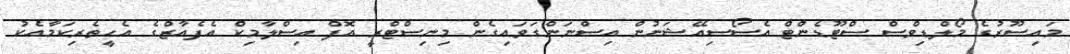
މައިސޫރުގެ މޯލްޑިވްސް ސްޓޫޑެންޓް އެސޯސިއޭޝަނުން އިސްނަންގަވައިގެން މިނިސްޓްރީ އޮފް އިސްލާމިކް އެފެއާޒްގެ އެހީތެރިކަމާއެކު